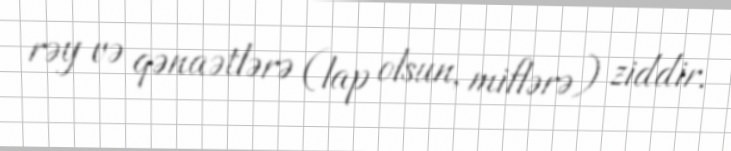
rəy və qənaətlərə (lap olsun, miflərə) ziddir.